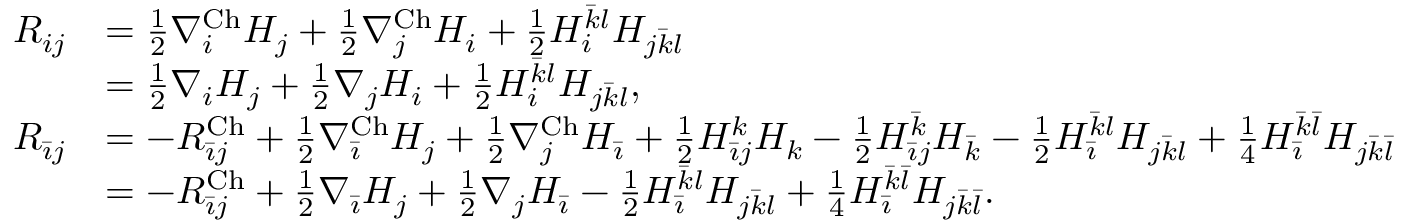
\begin{array} { r l } { R _ { i j } } & { = \frac { 1 } { 2 } \nabla _ { i } ^ { \mathrm { C h } } H _ { j } + \frac { 1 } { 2 } \nabla _ { j } ^ { \mathrm { C h } } H _ { i } + \frac { 1 } { 2 } H _ { i } ^ { \Bar { k } l } H _ { j \Bar { k } l } } \\ & { = \frac { 1 } { 2 } \nabla _ { i } H _ { j } + \frac { 1 } { 2 } \nabla _ { j } H _ { i } + \frac { 1 } { 2 } H _ { i } ^ { \Bar { k } l } H _ { j \Bar { k } l } , } \\ { R _ { \Bar { \imath } j } } & { = - R _ { \Bar { \imath } j } ^ { \mathrm { C h } } + \frac { 1 } { 2 } \nabla _ { \Bar { \imath } } ^ { \mathrm { C h } } H _ { j } + \frac { 1 } { 2 } \nabla _ { j } ^ { \mathrm { C h } } H _ { \Bar { \imath } } + \frac { 1 } { 2 } H _ { \Bar { \imath } j } ^ { k } H _ { k } - \frac { 1 } { 2 } H _ { \Bar { \imath } j } ^ { \Bar { k } } H _ { \Bar { k } } - \frac { 1 } { 2 } H _ { \Bar { \imath } } ^ { \Bar { k } l } H _ { j \Bar { k } l } + \frac { 1 } { 4 } H _ { \Bar { \imath } } ^ { \Bar { k } \Bar { l } } H _ { j \Bar { k } \Bar { l } } } \\ & { = - R _ { \Bar { \imath } j } ^ { \mathrm { C h } } + \frac { 1 } { 2 } \nabla _ { \Bar { \imath } } H _ { j } + \frac { 1 } { 2 } \nabla _ { j } H _ { \Bar { \imath } } - \frac { 1 } { 2 } H _ { \Bar { \imath } } ^ { \Bar { k } l } H _ { j \Bar { k } l } + \frac { 1 } { 4 } H _ { \Bar { \imath } } ^ { \Bar { k } \Bar { l } } H _ { j \Bar { k } \Bar { l } } . } \end{array}